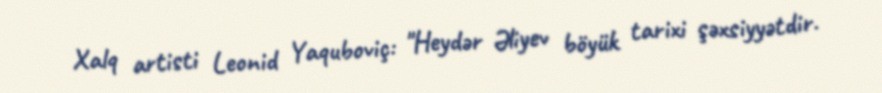
Xalq artisti Leonid Yaquboviç: "Heydər Əliyev böyük tarixi şəxsiyyətdir.